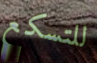
للتسكع